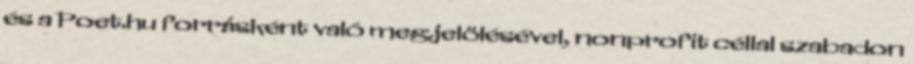
és a Poet.hu forrásként való megjelölésével, nonprofit céllal szabadon